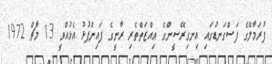
ފުރަމާލޭގެ ފަސްގަނޑުގައި އިނގިރޭސީންގެ ޢިއްޒަތްތެރި ރާނީގެ ފައިންޕުޅު އެޅުއްވީ 13 މާޗް 1972